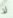
لا